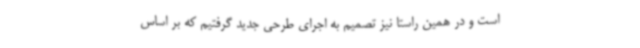
است و در همین راستا نیز تصمیم به اجرای طرحی جدید گرفتیم که بر اساس